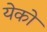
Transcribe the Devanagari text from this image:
येको